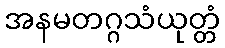
အနမတဂ္ဂသံယုတ္တံ